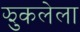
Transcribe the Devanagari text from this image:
झुकलेला